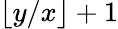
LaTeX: \lfloor y/x\rfloor+1